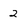
Character: 2